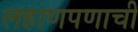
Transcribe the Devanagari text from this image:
लहाणपणाची